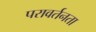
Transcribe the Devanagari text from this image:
परावर्तनता